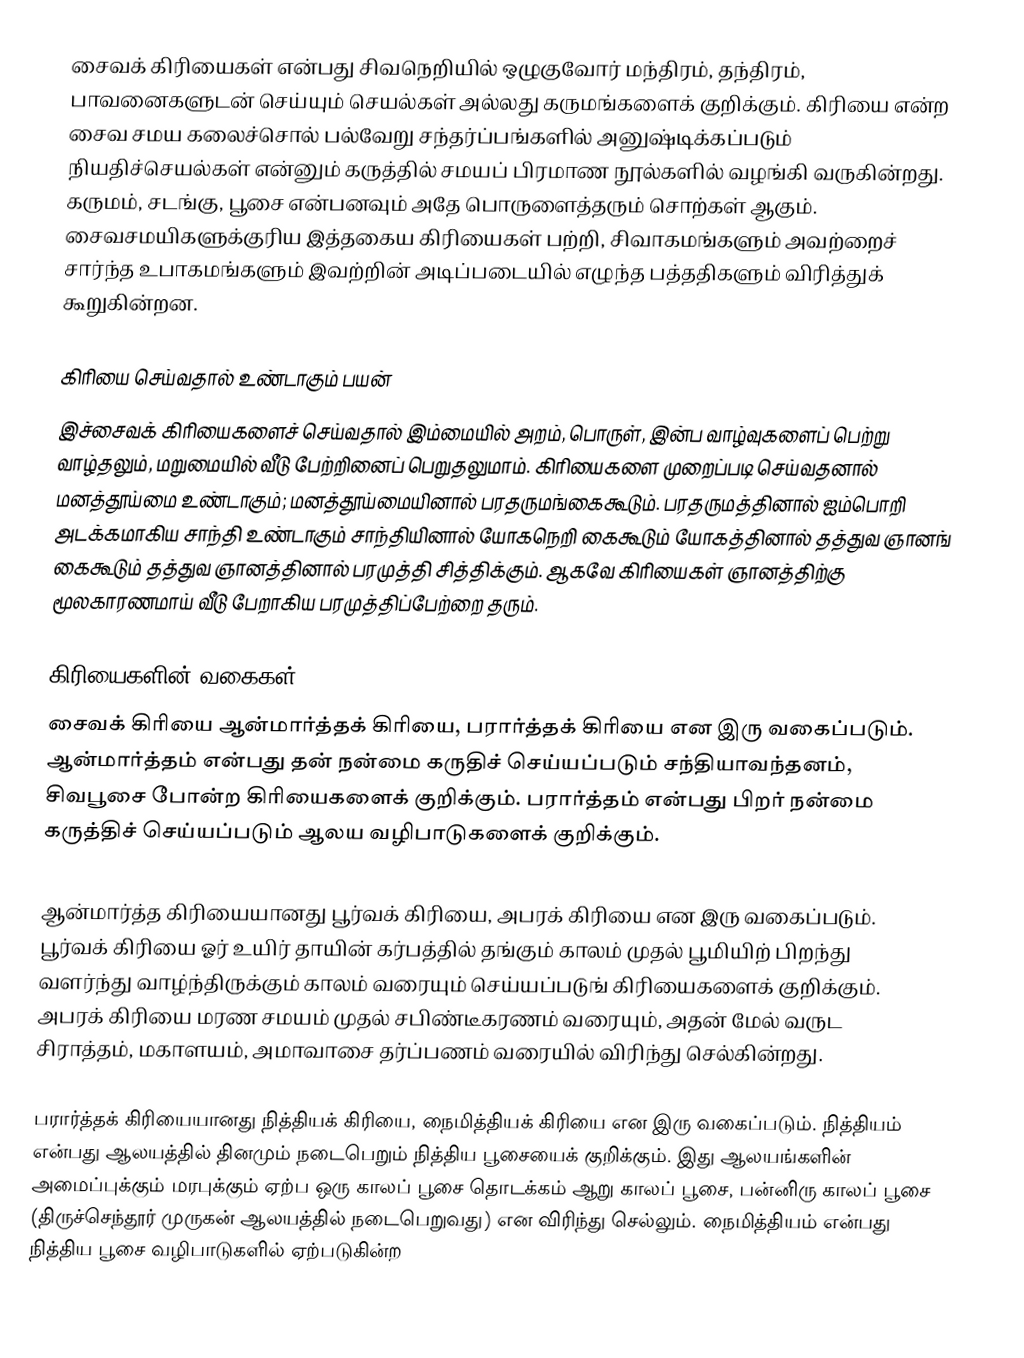
சைவக் கிரியைகள் என்பது சிவநெறியில் ஒழுகுவோர் மந்திரம், தந்திரம், பாவனைகளுடன் செய்யும் செயல்கள் அல்லது கருமங்களைக் குறிக்கும். கிரியை என்ற சைவ சமய கலைச்சொல் பல்வேறு சந்தர்ப்பங்களில் அனுஷ்டிக்கப்படும் நியதிச்செயல்கள் என்னும்  கருத்தில் சமயப் பிரமாண நூல்களில் வழங்கி வருகின்றது. கருமம், சடங்கு, பூசை என்பனவும் அதே பொருளைத்தரும் சொற்கள் ஆகும். சைவசமயிகளுக்குரிய இத்தகைய கிரியைகள் பற்றி, சிவாகமங்களும் அவற்றைச் சார்ந்த உபாகமங்களும் இவற்றின் அடிப்படையில் எழுந்த பத்ததிகளும் விரித்துக் கூறுகின்றன.

கிரியை செய்வதால் உண்டாகும் பயன்
இச்சைவக் கிரியைகளைச் செய்வதால் இம்மையில் அறம், பொருள், இன்ப வாழ்வுகளைப் பெற்று வாழ்தலும், மறுமையில் வீடு பேற்றினைப் பெறுதலுமாம். கிரியைகளை முறைப்படி செய்வதனால் மனத்தூய்மை உண்டாகும்; மனத்தூய்மையினால் பரதருமங்கைகூடும். பரதருமத்தினால் ஐம்பொறி அடக்கமாகிய சாந்தி உண்டாகும் சாந்தியினால் யோகநெறி கைகூடும் யோகத்தினால் தத்துவ ஞானங் கைகூடும் தத்துவ ஞானத்தினால் பரமுத்தி சித்திக்கும். ஆகவே கிரியைகள் ஞானத்திற்கு மூலகாரணமாய் வீடு பேறாகிய பரமுத்திப்பேற்றை தரும்.

கிரியைகளின் வகைகள்
சைவக் கிரியை ஆன்மார்த்தக் கிரியை, பரார்த்தக் கிரியை என இரு வகைப்படும். ஆன்மார்த்தம் என்பது தன் நன்மை கருதிச் செய்யப்படும் சந்தியாவந்தனம், சிவபூசை போன்ற கிரியைகளைக் குறிக்கும். பரார்த்தம் என்பது பிறர் நன்மை கருத்திச் செய்யப்படும் ஆலய வழிபாடுகளைக் குறிக்கும்.

ஆன்மார்த்த கிரியையானது பூர்வக் கிரியை, அபரக் கிரியை என இரு வகைப்படும். பூர்வக் கிரியை ஓர் உயிர் தாயின் கர்பத்தில் தங்கும் காலம் முதல் பூமியிற் பிறந்து வளர்ந்து வாழ்ந்திருக்கும் காலம் வரையும் செய்யப்படுங் கிரியைகளைக் குறிக்கும். அபரக் கிரியை மரண சமயம் முதல் சபிண்டீகரணம் வரையும், அதன் மேல் வருட சிராத்தம், மகாளயம், அமாவாசை தர்ப்பணம் வரையில் விரிந்து செல்கின்றது.

பரார்த்தக் கிரியையானது நித்தியக் கிரியை, நைமித்தியக் கிரியை என இரு வகைப்படும். நித்தியம் என்பது ஆலயத்தில் தினமும் நடைபெறும் நித்திய பூசையைக் குறிக்கும். இது ஆலயங்களின் அமைப்புக்கும் மரபுக்கும் ஏற்ப ஒரு காலப் பூசை தொடக்கம் ஆறு காலப் பூசை, பன்னிரு காலப் பூசை (திருச்செந்தூர் முருகன் ஆலயத்தில் நடைபெறுவது) என விரிந்து செல்லும். நைமித்தியம் என்பது நித்திய பூசை வழிபாடுகளில் ஏற்படுகின்ற